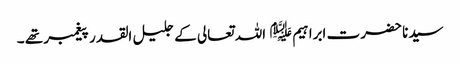
سیدنا حضرت ابراہیم ﷤ اللہ تعالی کے جلیل القدر پیغمبر تھے ۔